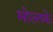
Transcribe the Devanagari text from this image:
मोल्तके